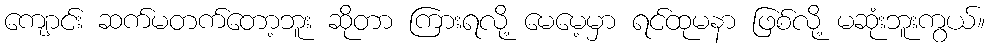
ကျောင်း ဆက်မတက်တော့ဘူး ဆိုတာ ကြားရလို့ မေမေ့မှာ ရင်ထုမနာ ဖြစ်လို့ မဆုံးဘူးကွယ်။